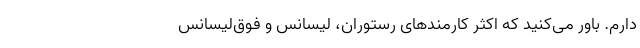
دارم. باور می‌کنید که اکثر کارمندهای رستوران، لیسانس و فوق‌لیسانس